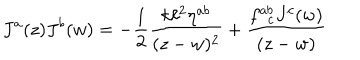
J ^ { a } ( z ) J ^ { b } ( w ) = - \frac { 1 } { 2 } \frac { k \ell ^ { 2 } \eta ^ { a b } } { ( z - w ) ^ { 2 } } + \frac { f _ { ~ ~ c } ^ { a b } J ^ { c } ( w ) } { ( z - w ) }